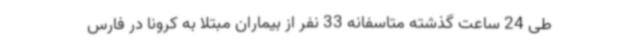
طی 24 ساعت گذشته متاسفانه 33 نفر از بیماران مبتلا به کرونا در فارس